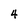
Character: 4